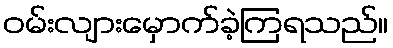
ဝမ်းလျားမှောက်ခဲ့ကြရသည်။